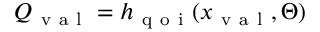
Q _ { \mathrm { ~ v ~ a ~ l ~ } } = h _ { \mathrm { ~ q ~ o ~ i ~ } } ( x _ { \mathrm { ~ v ~ a ~ l ~ } } , \Theta )